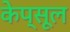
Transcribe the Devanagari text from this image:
केप्सूल